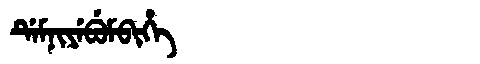
Manchu: ᡩᡝᠮᠨᡳᠶᡝᠪᡠᠮᠪᡳᡥᡝ
Romanization: DEMNIYEBUMBIHE